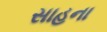
સાહના